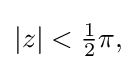
{\textstyle |z|<{\tfrac {1}{2}}\pi ,}